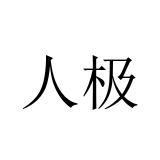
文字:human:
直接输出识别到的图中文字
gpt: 人极